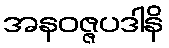
အနဝဇ္ဇပဒါနိ